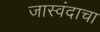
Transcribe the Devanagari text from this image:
जास्वंदाचा